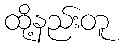
ထို့နည်းတူ